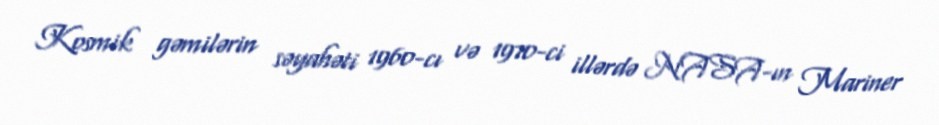
Kosmik gəmilərin səyahəti 1960-cı və 1970-ci illərdə NASA-ın Mariner